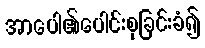
အာပေါ၏ပေါင်းစုခြင်းခံ၍